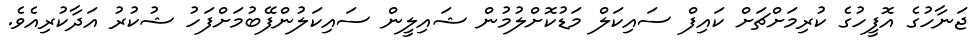
ޖަނާހުގެ އޮފީހުގެ ކުރިމަށްޗަށް ކައިފް ސައިކަލް މަޑުކޮށްލުމުން ޝައިލީން ސައިކަލުންފޭބުމަށްފަހު ޝުކުރު އަދާކުރިއެވެ.